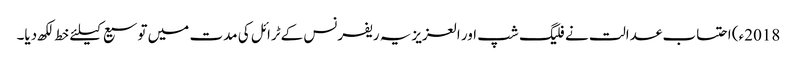
2018ء) احتساب عدالت نے فلیگ شپ اور العزیزیہ ریفرنس کےٹرائل کی مدت میں توسیع کیلئے خط لکھ دیا۔